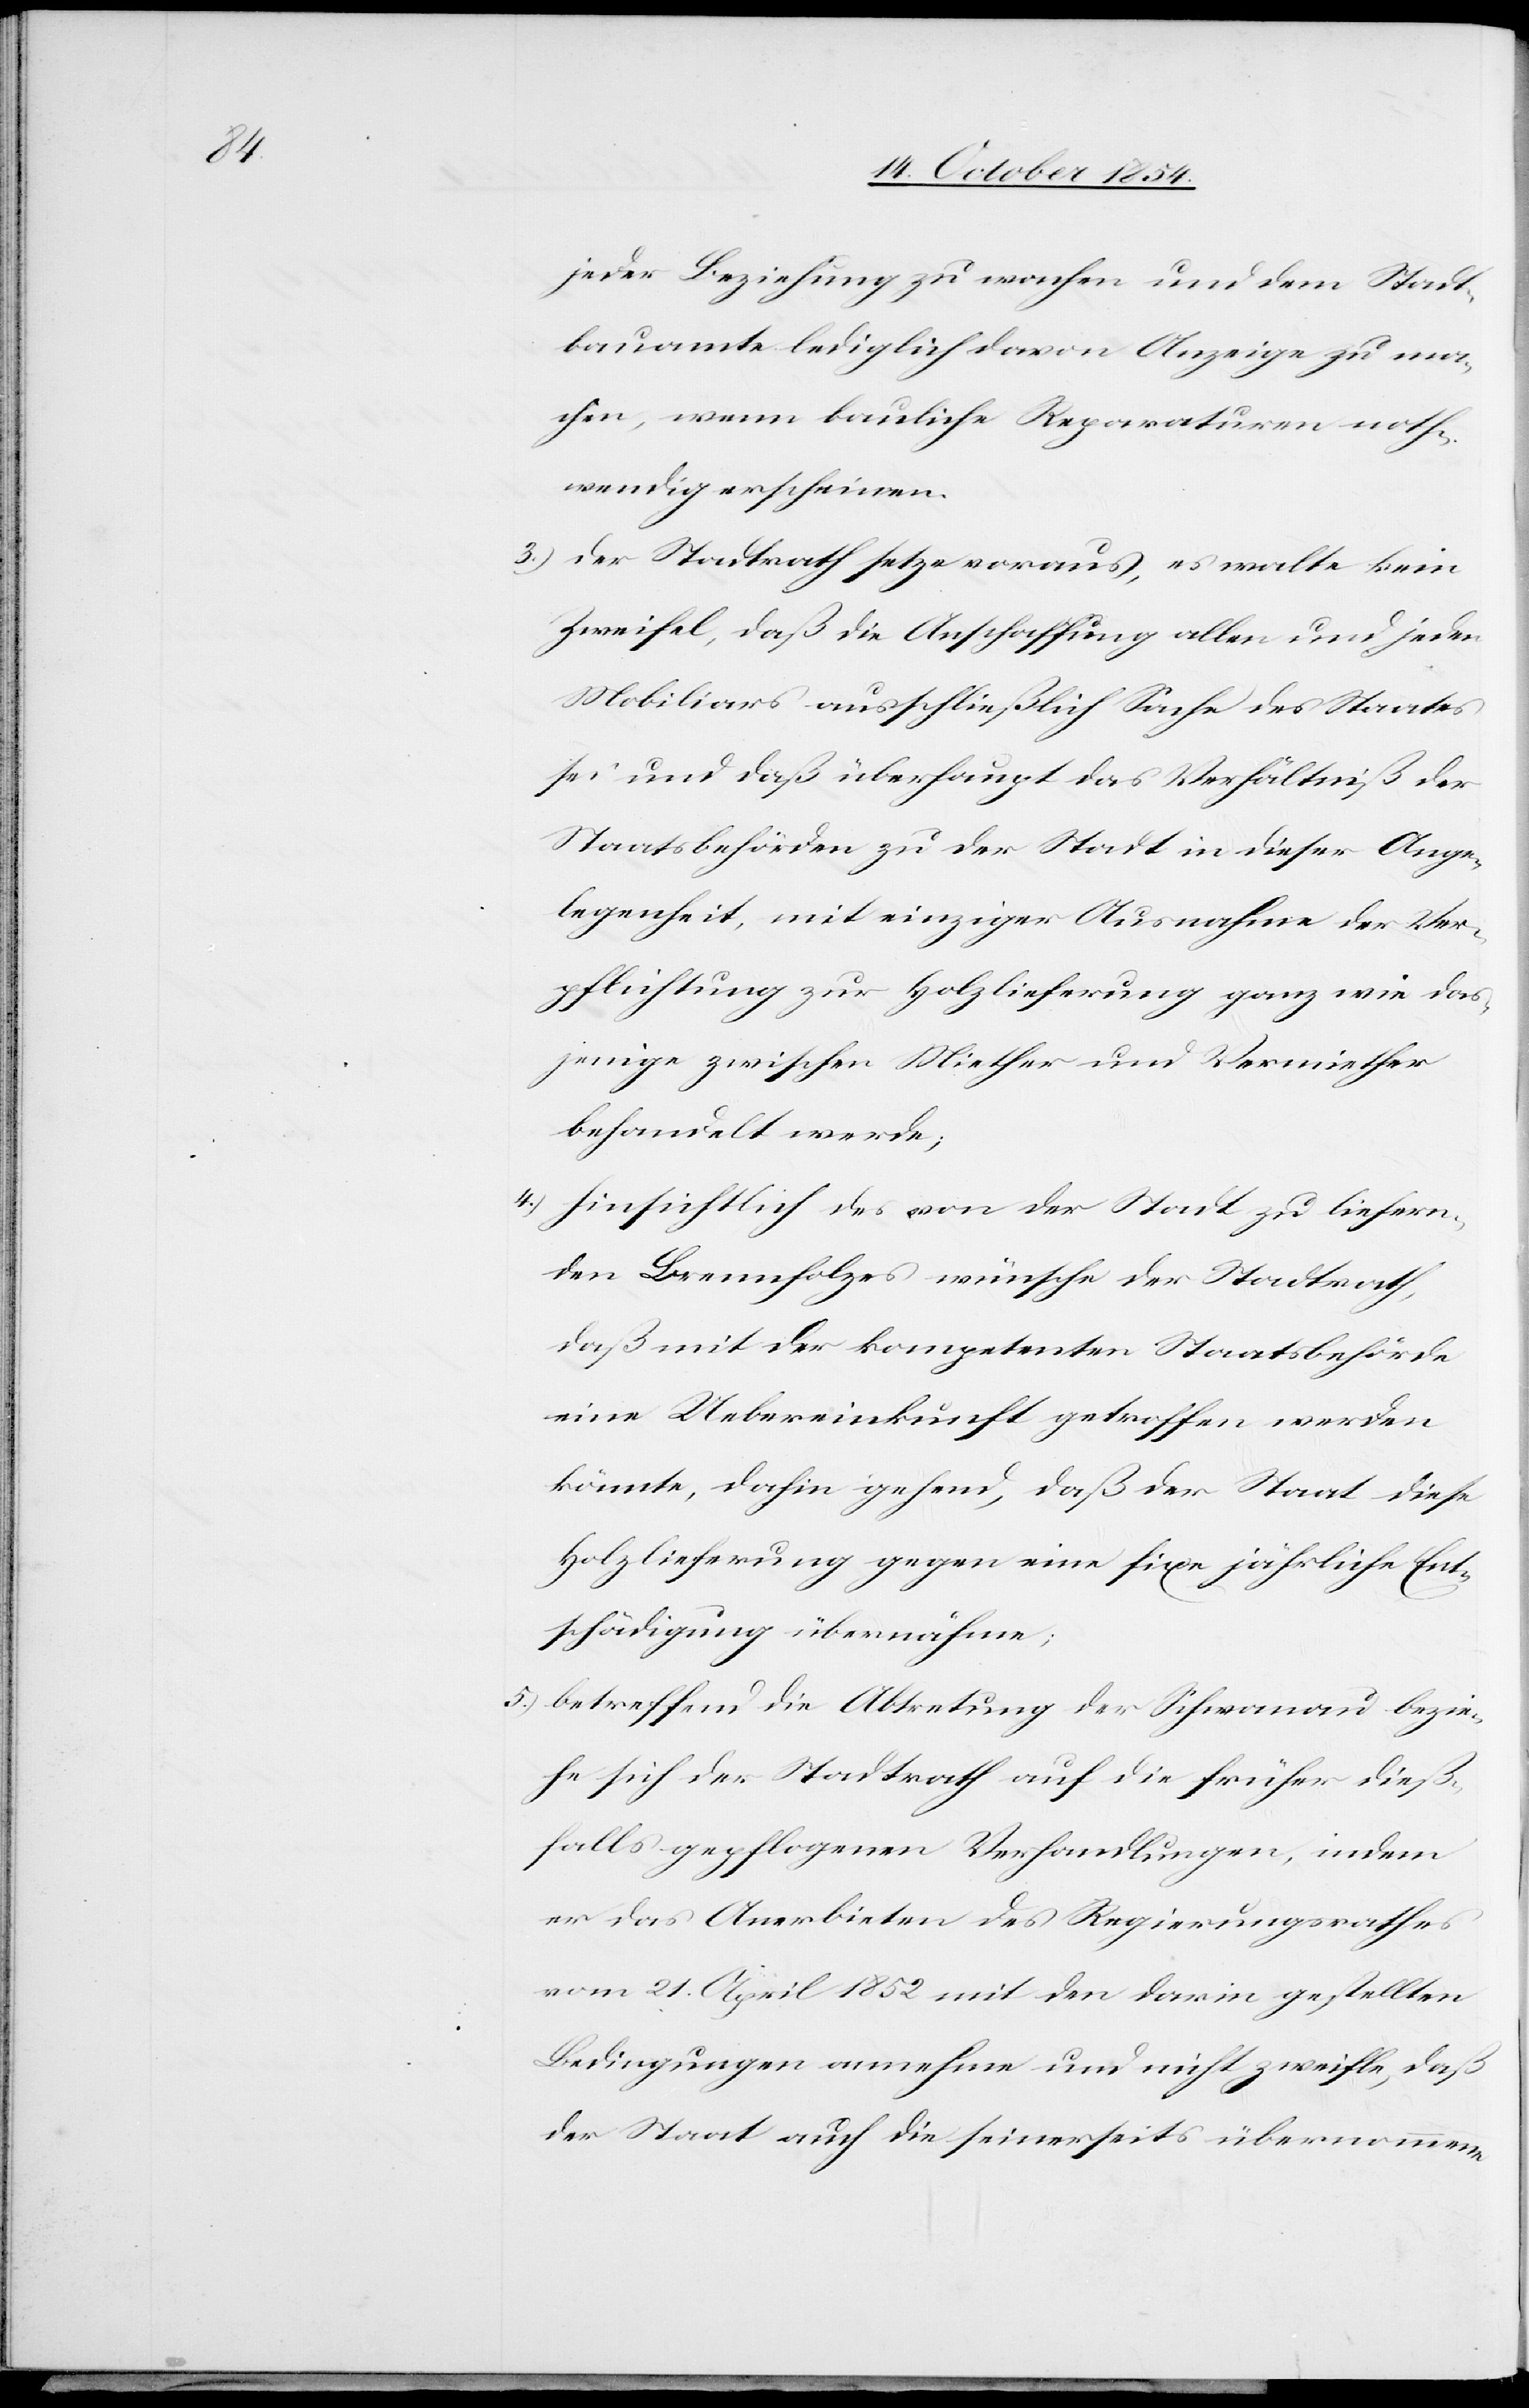
jeder Beziehung zu wachen und dem Stadt¬
bauamte lediglich davon Anzeige zu ma¬
chen, wenn bauliche Reparaturen noth¬
wendig erscheinen.
3.) der Stadtrath setze voraus, es walte kein
Zweifel, daß die Anschaffung allen und jeden
Mobiliars ausschließlich Sache des Staates
sei und das überhaupt das Verhältniß der
Staatsbehörden zu der Stadt in dieser Ange¬
legenheit, mit einziger Ausnahme der Ver¬
pflichtung zur Holzlieferung ganz wie das¬
jenige zwischen Miether und Vermiether
behandelt werde;
4.) hinsichtlich des von der Stadt zu liefern¬
den Brennholzes wünsche der Stadtrath,
daß mit der kompetenten Staatsbehörde
eine Uebereinkunft getroffen werden
könnte, dahin gehend, daß der Staats diese
Holzlieferung gegen eine fixe jährliche Ent¬
schädigung übernähme;
5.) betreffend die Abtretung des Schwanau bezie¬
he sich der Stadtrath auf die früher dieß¬
falls gepflogenen Verhandlungen, indem
er das Anerbieten des Regierungsrathes
vom 21. April 1852 mit den darin gestellten
Bedingungen annehme und nicht zweifle, daß
der Staat auch die seinerseits übernommene